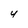
Character: 4